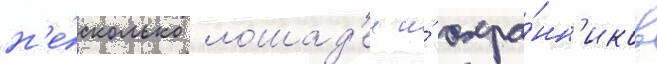
н'е́сколько лошад'еи и́ охра́нн'иков